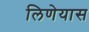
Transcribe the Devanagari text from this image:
लिणेयास